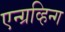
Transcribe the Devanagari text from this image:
एन्ग्रव्हिन्ग